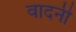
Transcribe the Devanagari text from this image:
वादनी